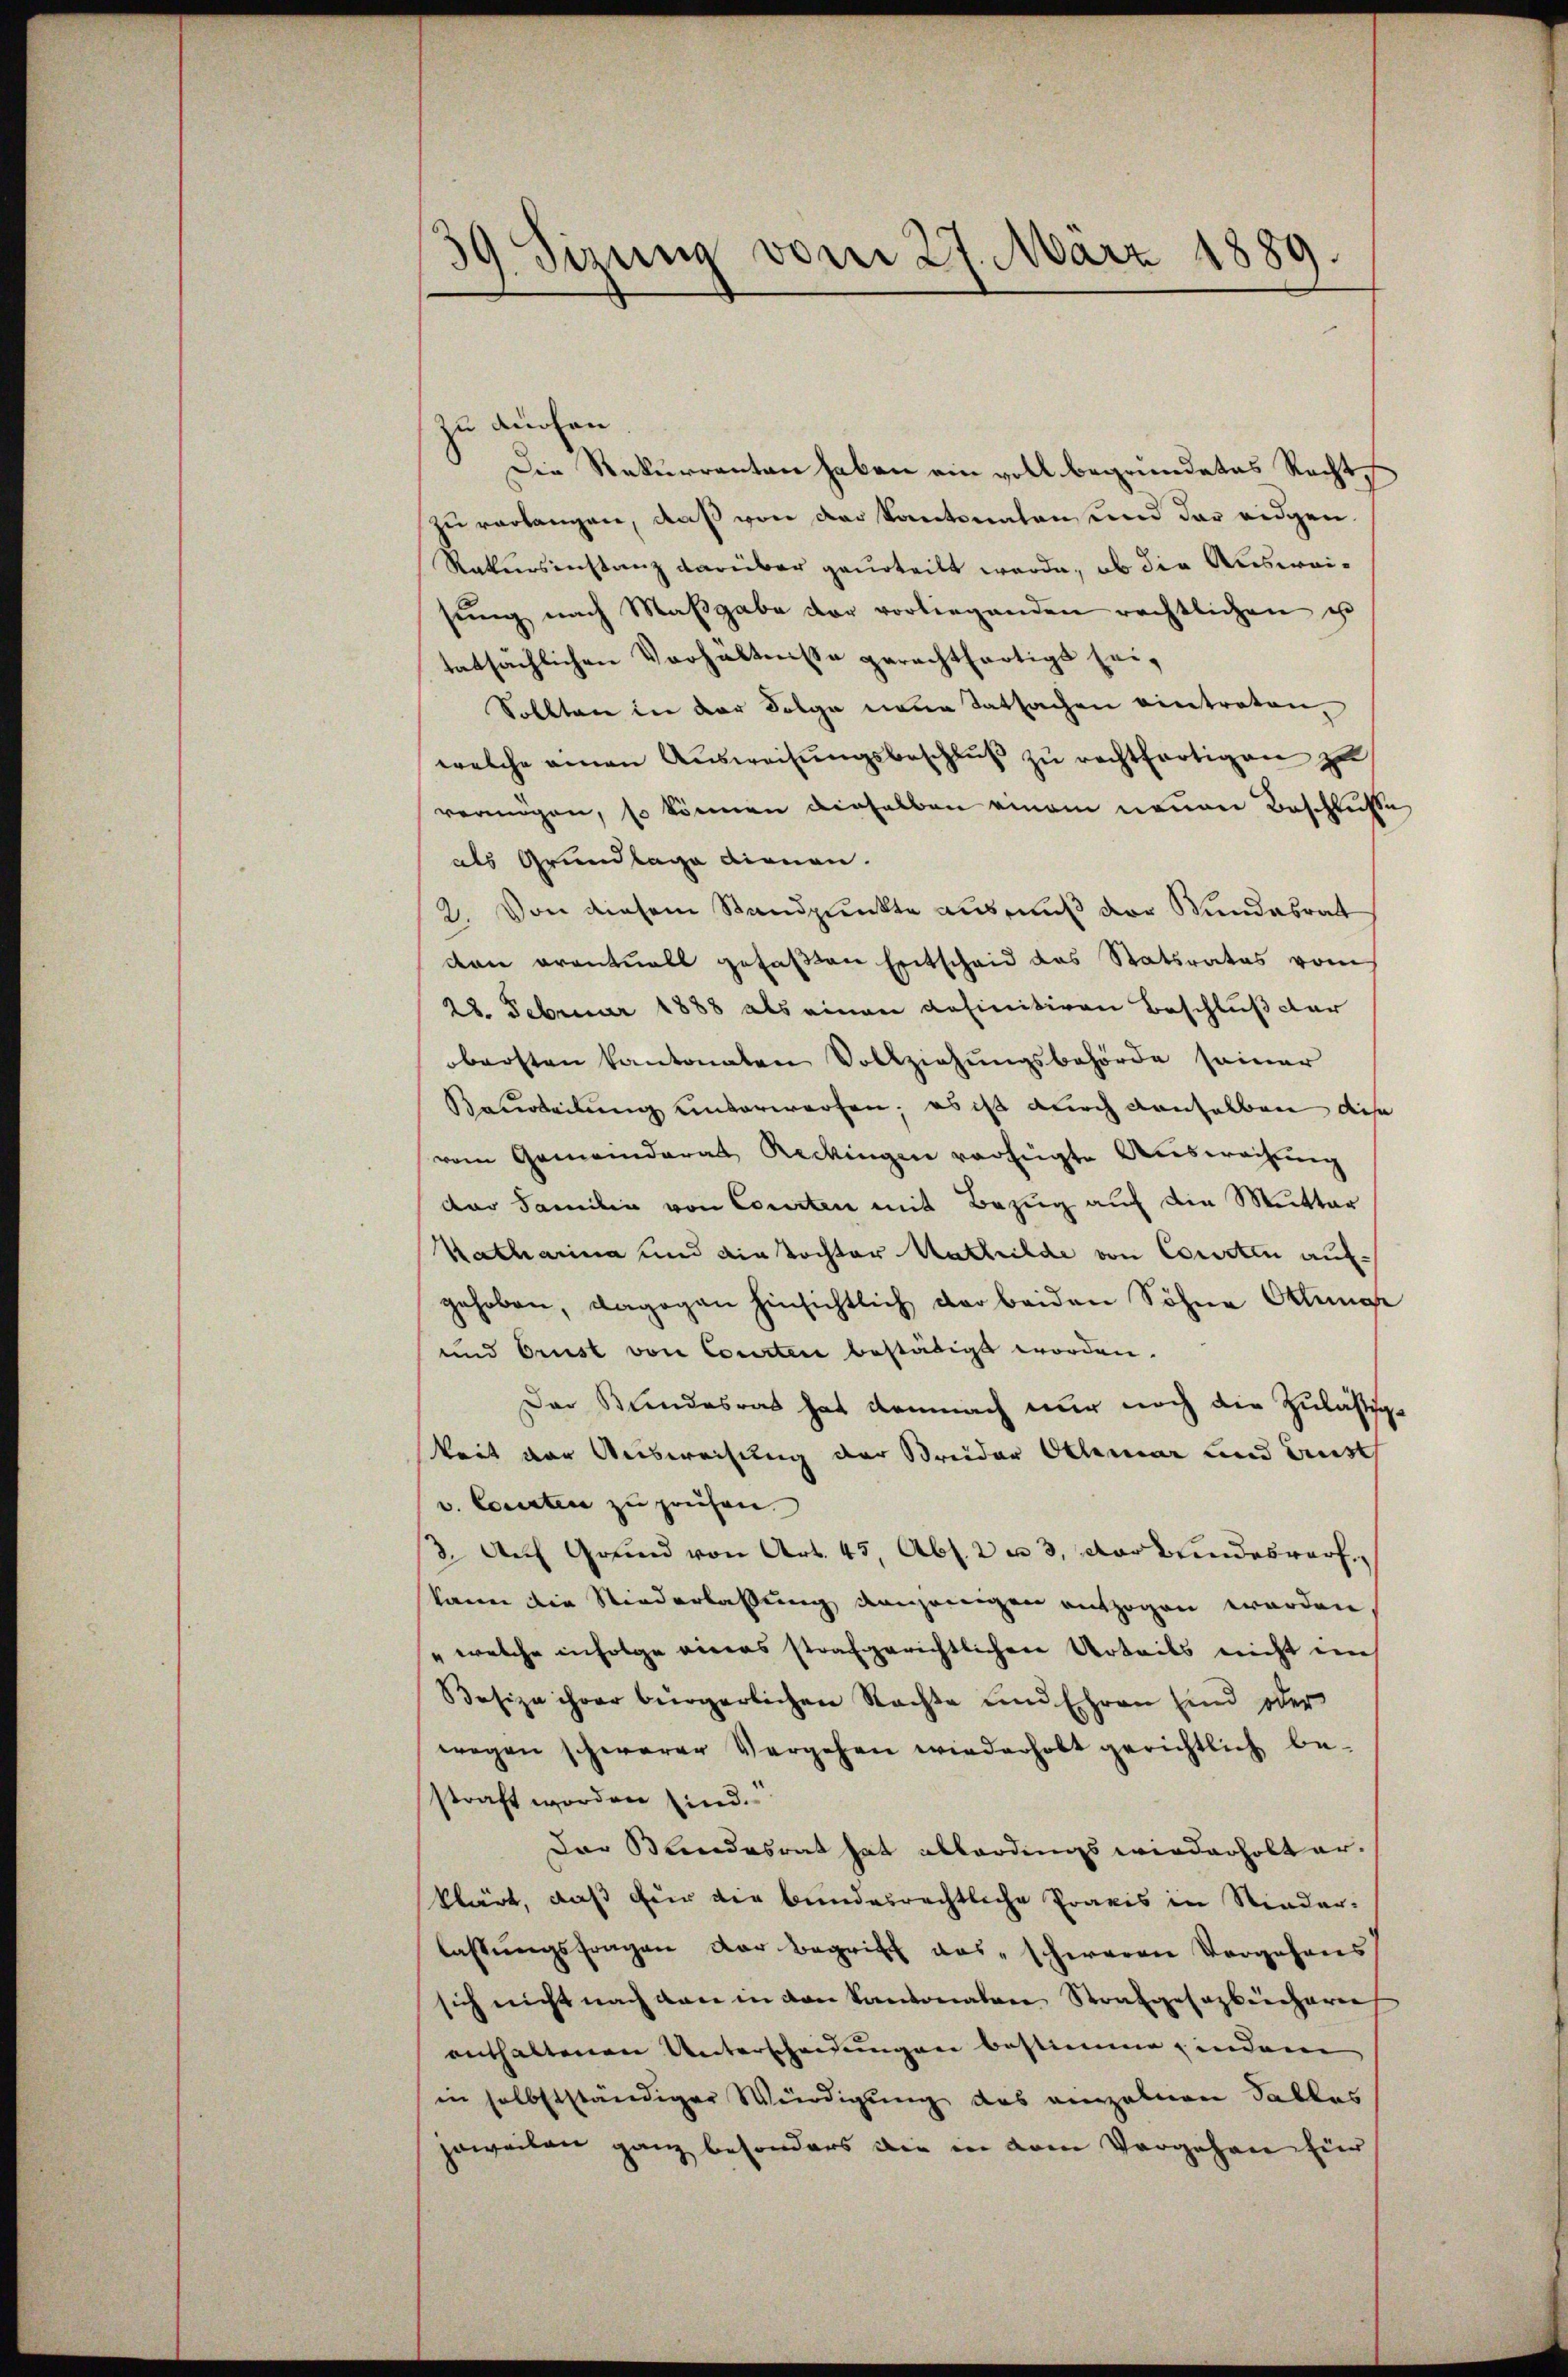
39. Sizung vom 27. März 1889.

zu auchen
Die Rekurrenten haben ein voll begründetes Recht
zu verlangen, daß von der Kantonalen und der eidgen
Rakersinstanz darüber geurteilt werde, ob die Ausweisŭng nach Maβgabe vor vorliegenden rechtlichen u
tatsächlichen Verhältnisse gerechtfertigt sei,
Sollten in der Folge neue Tatsachen eintreten,
welche amen Ausweisungsbeschluß zu rechtfertigen zu
vermögen, so können dieselben einem neuen Beschlusse
als Grundlage dienen.
2. Von diesem Standpunkte ausmuß der Wundesrat
den eventuell gefaßen Entscheid das Statsrates vom
28. Februar 1888 als einen definitiven Beschluß dar
obersten kantonaten Vollziehungsbehörde seiner
Beurteilung unterworfen; es ist durch denselben dise
vom Gemeinderat Reckingen verfügte Ausweisung
der Familie von Courten mit Bezug auf die Mutter
Katharina und die Tochter Mathilde von Courten auf-
gehoben, dagegen hinsichtlich der beiden Söhne Ottunge
und brust von Courten bestätigt worden.
Der Bundesrat hat demnach nur noch die Zuläßigkeit vor Ausweisung der Streider Othmar und Aust
v. Courten zu prüfen.
3. Auf Grund von Art. 45, Abs. 2 u 3, verbundesworf
kann die Niederlaßung derjenigen auszogen werden
" welche infolge eines strafgerichtlicher Urteils nicht in
Besize ihrer bürgerlichen Nachte und Ehren sind oder
wegen schwerer Vergehen wiederhobt gerichtlich be-
straft worden sind.
Der Beendesrat hat abbardings wiederholt er-
klärt, daß für die bundesrechtliche Praxis in Nieder-
lassungsfragen der Begriff das schweren Vorgehens
sich nicht nach den in den Kantonalen Strafgesagbeharre
enthaltenen Unterscheidungen bestimme, indem
in selbstständiger Würdigung des einzelnen Tablas
jeweilen ganz besonders die in dem Vorgehen für